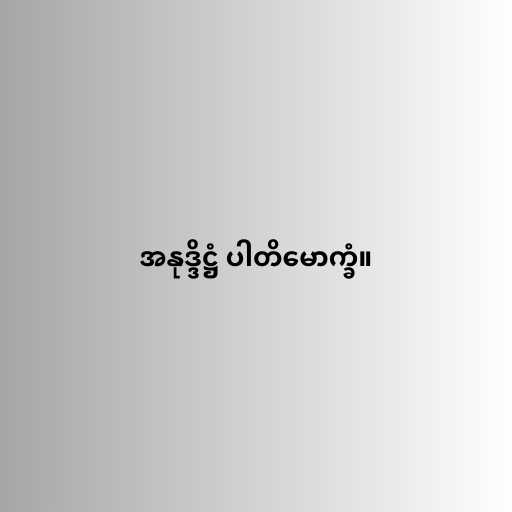
အနုဒ္ဒိဋ္ဌံ ပါတိမောက္ခံ။